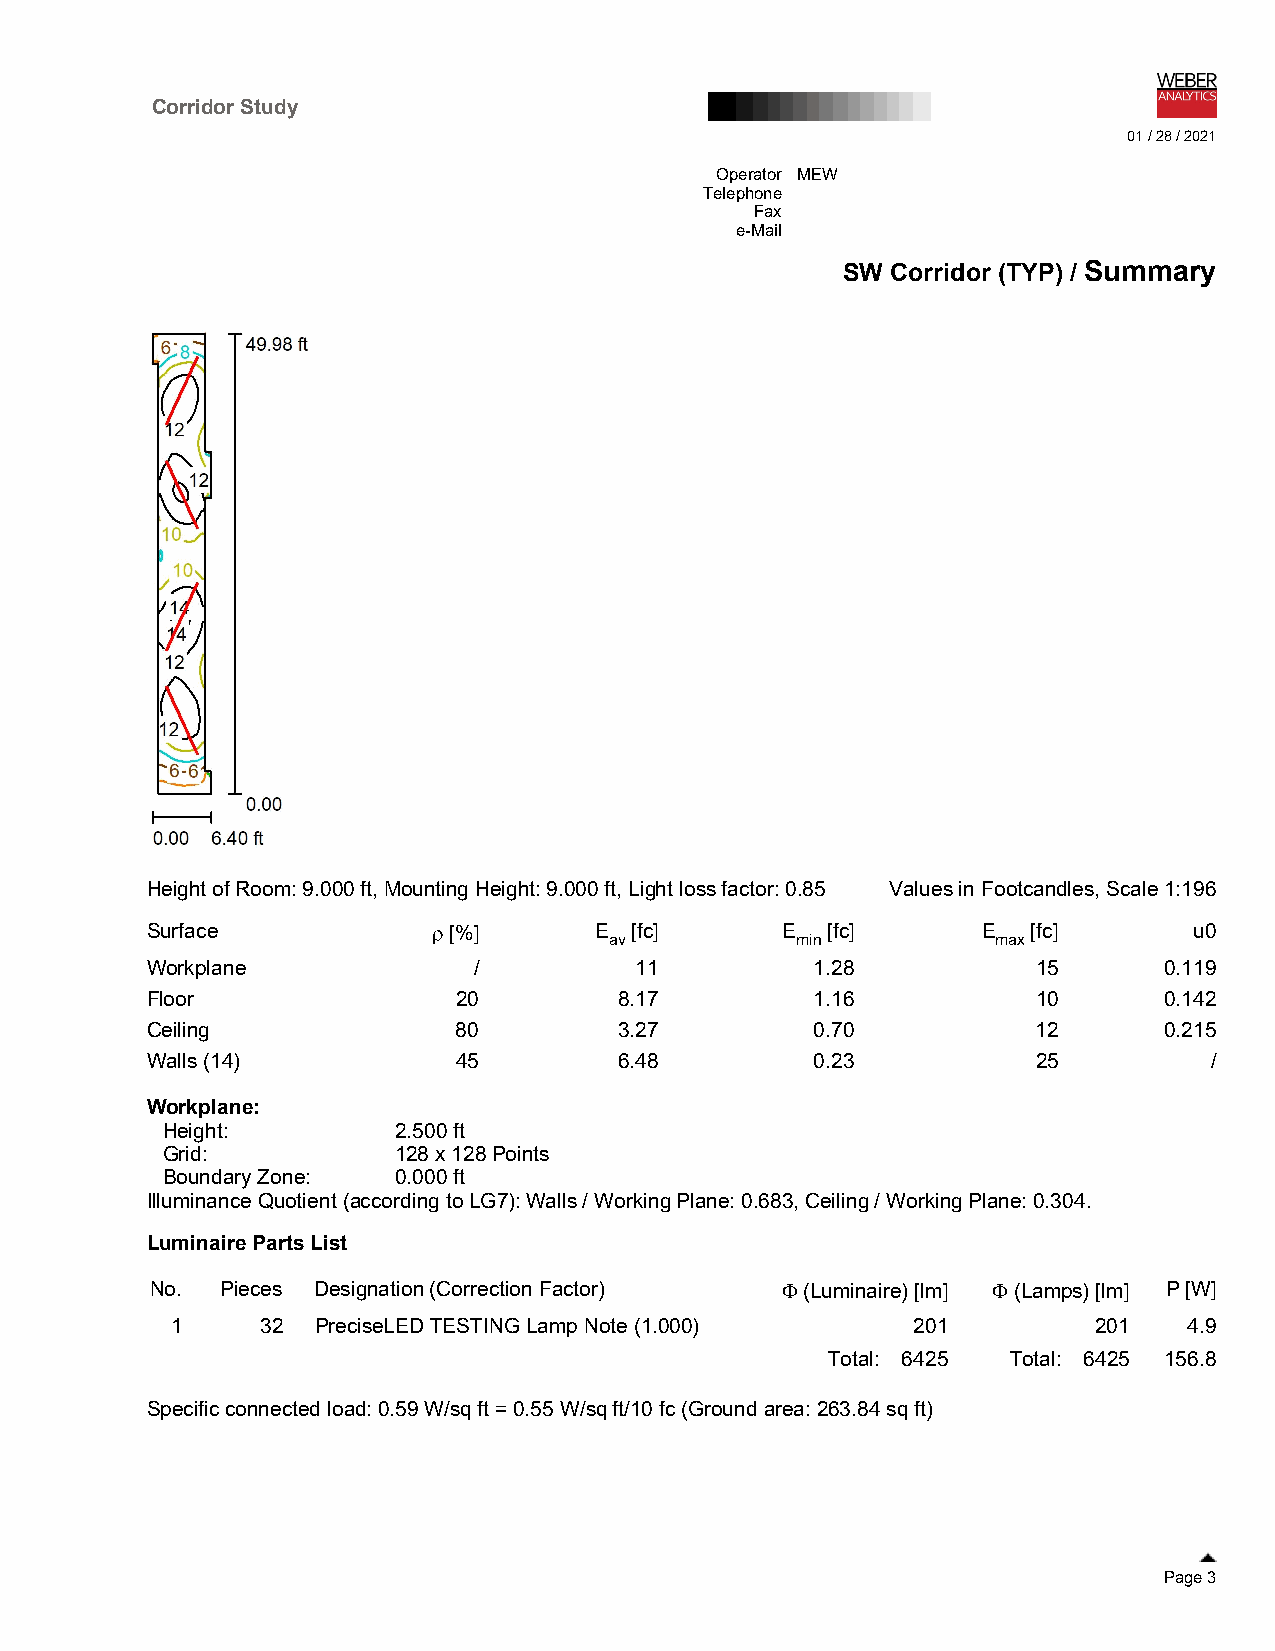
Corridor Study
 01 / 28 / 2021
 Operator MEW
 Telephone
 Fax
 e-Mail
 SW Corridor (TYP) / Summary
 Height of Room: 9.000 ft, Mounting Height: 9.000 ft, Light loss factor: 0.85 Values in Footcandles, Scale 1:196
 Surface             [%]     E  [fc]      E  [fc]      E  [fc]       u0
 av           min          max
 Workplane            /          11          1.28           15      0.119
 Floor               20         8.17         1.16           10      0.142
 Ceiling             80         3.27         0.70           12      0.215
 Walls (14)          45         6.48         0.23           25         /
 Workplane:
 Height:        2.500 ft
 Grid:          128 x 128 Points
 Boundary Zone: 0.000 ft
 Illuminance Quotient (according to LG7): Walls / Working Plane: 0.683, Ceiling / Working Plane: 0.304.
 Luminaire Parts List
 No.  Pieces Designation (Correction Factor)  (Luminaire) [lm]  (Lamps) [lm] P [W]
 1     32  PreciseLED TESTING Lamp Note (1.000)   201         201    4.9
 Total: 6425 Total: 6425 156.8
 Specific connected load: 0.59 W/sq ft = 0.55 W/sq ft/10 fc (Ground area: 263.84 sq ft)
 Page 3